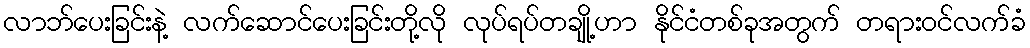
လာဘ်ပေးခြင်းနဲ့ လက်ဆောင်ပေးခြင်းတို့လို လုပ်ရပ်တချို့ဟာ နိုင်ငံတစ်ခုအတွက် တရားဝင်လက်ခံ